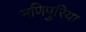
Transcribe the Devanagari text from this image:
मणिपुरिया